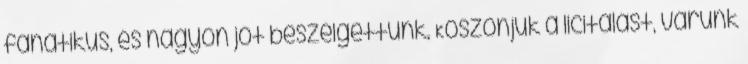
fanatikus, és nagyon jót beszélgettünk. Köszönjük a licitálást, várunk